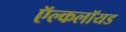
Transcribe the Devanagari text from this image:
ऍल्कलॉयड